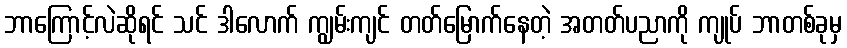
ဘာကြောင့်လဲဆိုရင် သင် ဒါလောက် ကျွမ်းကျင် တတ်မြောက်နေတဲ့ အတတ်ပညာကို ကျုပ် ဘာတစ်ခုမှ